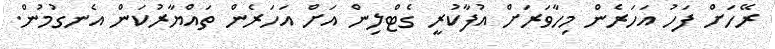
ރޭހަށް ފަހު އަހަރެން މިހާވަރަށް އުފާކުރީ ގެޓްލިން އަށް އަހަރެން ތައްޔާރުކަން އެނގުމުން.